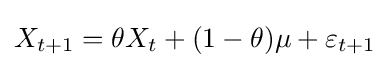
X_{t+1}=\theta X_{t}+(1-\theta )\mu +\varepsilon _{t+1}